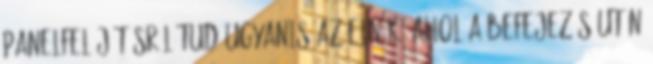
panelfelújításról tud ugyanis az elnök, ahol a befejezés után